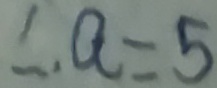
\therefore a = 5